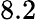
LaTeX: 8.2